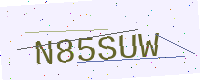
Text: N85SUW